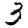
Digit: 3